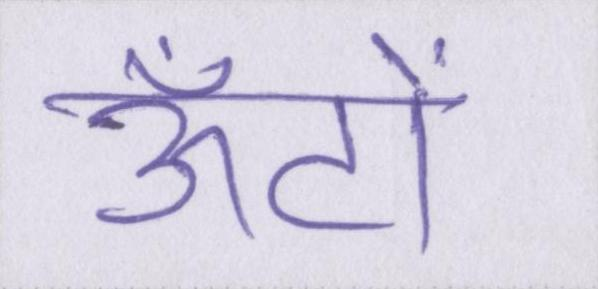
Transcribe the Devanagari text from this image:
ऊँटों